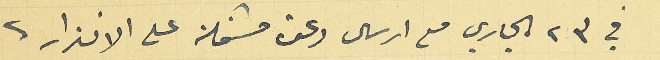
في ٢٣ الجاري مع ارسال دعوة مشتملة على الانذار.